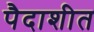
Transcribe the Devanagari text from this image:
पैदाशीत